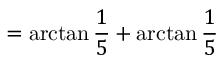
= \arctan { \frac { 1 } { 5 } } + \arctan { \frac { 1 } { 5 } }